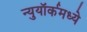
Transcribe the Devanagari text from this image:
न्युयॉर्कमध्ये